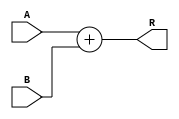
`timescale 1ns / 1ps

module adder_16_bit(
    input [15:0] A,
    input [15:0] B,
    output reg [15:0] R
    );
	 
	 always @ *
	 
	 R = A + B;

endmodule